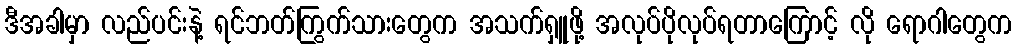
ဒီအခါမှာ လည်ပင်းနဲ့ ရင်ဘတ်ကြွက်သားတွေက အသက်ရှူဖို့ အလုပ်ပိုလုပ်ရတာကြောင့် လို ရောဂါတွေက